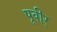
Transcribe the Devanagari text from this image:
पूवीर्